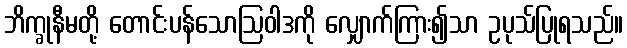
ဘိက္ခုနီမတို့ တောင်းပန်သောဩဝါဒကို လျှောက်ကြား၍သာ ဥပုသ်ပြုရသည်။